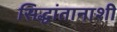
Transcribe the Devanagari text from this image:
सिद्धांतानाशी